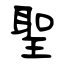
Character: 聖